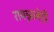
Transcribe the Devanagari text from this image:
रायन्नानेही